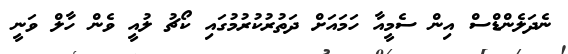
ނެދަލެންޑްސް އިން ސެމީއާ ހަމައަށް ދަތުރުކުރުމުގައި ކޯޗު ލުއީ ވެން ހާލް ވަނީ